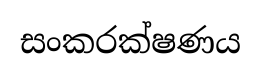
සංකරක්ෂණය